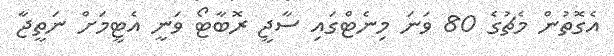
އެގޮތުން މެޗުގެ 80 ވަނަ މިނެޓްގައި ސާޖީ ރޮބާޓޯ ވަނީ އެޓީމަށް ނަތީޖާ